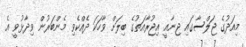
މިއަދުގެ ޖަލްސާގައި ޖިނާއީ އިޖުރާއަތުގެ ބިލަށް ވާހަކަ ދެއްކެވި މެންބަރުން ވިދާޅުވީ އެ